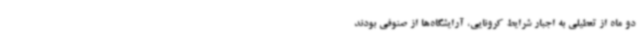
دو ماه از تعطیلی به اجبار شرایط کرونایی، آرایشگاه‌ها از صنوفی بودند